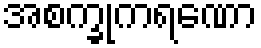
အစက္ခုကရဏော